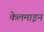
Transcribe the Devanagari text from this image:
केलमाइन